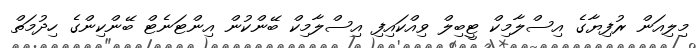
މިލިއަން ރުފިޔާގެ އިސްލާމިކް ޓީބިލް ވިއްކައިފި އިސްލާމިކް ބޭންކުން އިންޓަނެޓް ބޭންކިންގެ ހިދުމަތް